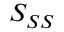
S _ { S S }